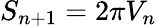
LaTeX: S_{n+1}=2\pi V_{n}